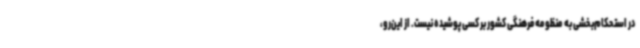
در استحکام‌بخشی به منظومه فرهنگی کشور بر کسی پوشیده نیست. از این‌رو،